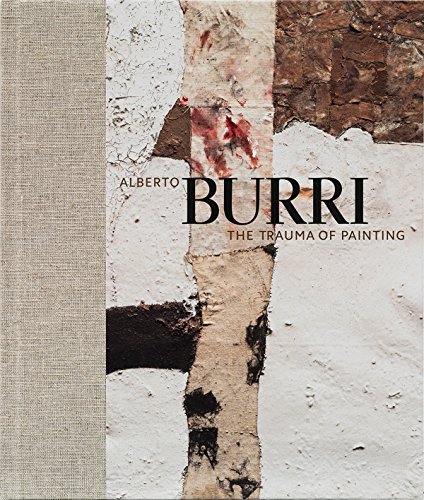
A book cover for Alberto Burri: The Trauma of Painting; Emily Braun; Arts & Photography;